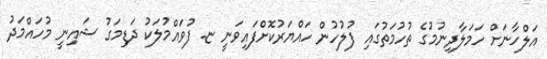
އަލްހާނަށް ހަމަލާދިނުމުގެ ތުހުމަތުގައި ފުލުހުން ހައްޔަރުކޮށްފައިވަނީ ޏ. ފުވައްމުލަކު ދަޑިމަގު ޝައިނީ މުހައްމަދު